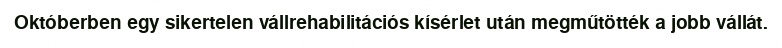
Októberben egy sikertelen vállrehabilitációs kísérlet után megműtötték a jobb vállát.